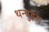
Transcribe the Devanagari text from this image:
थन्पुइंग